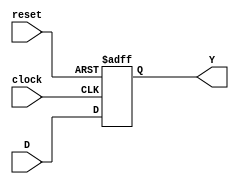
//Flip flop tipo D de 1 bit
module FlipFlopD(input wire clock, reset, input wire D, output reg Y);
  always @ (posedge clock, posedge reset) begin
      if (reset) begin
        Y <= 1'b0;
      end
      else begin
        Y <= D;
      end
    end
endmodule
//Buffer de 2 bits
module buffer_1(input wire enable, input wire [1:0]A, output wire [1:0] Y);
  assign Y = (enable)? A : 2'b0;
endmodule

//Buffer de 3 bits
module buffer_2(input wire enable, input wire [2:0]A, output wire [2:0] Y);
  assign Y = (enable)? A : 3'b0;
endmodule

//FSM Antirebote
module antirebote(input wire clock, reset, PB, output wire Y);
  wire S0F, S0;
  FlipFlopD G1(clock, reset, S0F, S0);
  assign S0F = PB;
  assign Y = ~S0 & PB;
endmodule

//FSM Velocidad
module FSMVel(input wire clock, reset, PB1, PB2, output wire [1:0] Vel);
  wire S1F, S0F; //Siguiente estado
  wire S1, S0; //Estado actual

  FlipFlopD G1(clock, reset, S1F, S1);
  FlipFlopD G2(clock, reset, S0F, S0);

  //Siguiente estado
  assign S1F = (S1 & ~PB2) | (S0 & PB1);
  assign S0F = (~S0 & PB2) | (S0 & ~PB1 & ~PB2) | (~S0 & PB1);

  //Salidas
  assign Vel[1] = S1 | S0;
  assign Vel[0] = ~S0;
endmodule

//FSM Temperatura y modo
module FSMTem(input wire clock, reset, PB3, PB4, output wire [2:0] T, M);
  wire S1F, S0F; //Siguiente estado
  wire S1, S0;  //Estado actual

  FlipFlopD G1(clock, reset, S1F, S1);
  FlipFlopD G2(clock, reset, S0F, S0);

  //Siguiente estado
  assign S1F = (S1 & S0) | (S0 & PB3) | (S1 & ~PB4);
  assign S0F = (~S0 & PB4) | (~S0 & PB3) | (S0 & ~PB3 & ~PB4);

  //Salidas
  assign T[2] = S1 & S0;
  assign T[1] = (~S1 & S0) | (S1 & ~S0);
  assign T[0] = ~S0;
  assign M[2] = ~S1 | ~S0;
  assign M[1] = (S1 & S0) | (~S1 & ~S0);
  assign M[0] = S0;
endmodule

//FSM Control
module FSMControl(input wire clock, reset, ON, input wire [1:0] Vel, input wire [2:0] Ok, T, M, output wire [1:0] Y);
  wire S1F, S0F; //Siguiente estado
  wire S1, S0;  //Estado actual

  FlipFlopD G1(clock, reset, S1F, S1);
  FlipFlopD G2(clock, reset, S0F, S0);

  //Siguiente estado
  assign S1F=((S0&ON&~Ok[2]&~Ok[1])|(S1&ON&~Ok[2]&~Ok[1])|(S1&S0&ON&Ok[2]&Ok[0])|(S1&~S0&ON&Ok[1]&Ok[0])|(S1&~S0&ON&Ok[2]&~Ok[0])|(S1&S0&ON&Ok[1]&~Ok[0])|(S1&ON&Ok[1]&~Ok[0]&Vel[1])|(S1&ON&Ok[1]&~Ok[0]&Vel[0])|(S1&ON&Ok[1] & Ok[0] & T[2] & ~T[1] & ~T[0] & ~M[2] & M[1] & M[0]) | (S1 & ON & Ok[1] & Ok[0] & ~T[2] & T[1] & ~T[0] & M[2] & ~M[1] & M[0]) | (S1 & ON & Ok[1] & Ok[0] & ~T[2] & ~T[1] & T[0] & M[2] & M[1] & ~M[0]) | (S1 & ON & Ok[1] & Ok[0] & ~T[2] & T[1] & T[0] & M[2] & ~M[1] & ~M[0]));
  assign S0F = (~S1 & ~S0 & ON) | (S0 & ON & Ok[2]) | (ON & Ok[2] & ~Ok[1] & Ok[0]) | (ON & ~Ok[2] & Ok[1] & ~Ok[0] & Vel[1]) | (ON & ~Ok[2] & Ok[1] & ~Ok[0] & Vel[0]) | (~S1 & ON & Ok[1]) | (S0 & ON & ~Ok[1] & Ok[0]) | (S1 & S0 & ON & ~Ok[0]);

  //Salidas
  assign Y[1] = S1;
  assign Y[0] = S0;
endmodule

//FSM Aire acondicionado
module FSMAire(input wire clock, reset, ON, PB1, PB2, PB3, PB4, input wire [2:0] Ok, output wire [1:0] Led1, LCD1, output wire [2:0] LCD2, Led2);
  wire PB_1, PB_2, PB_3, PB_4; //Salidas antirebote
  wire A, B, C, D; //Salidas de la FSM Control
  wire [1:0] Vel, Y; //Salidas FSM Velocidad y Control
  wire [2:0] T, M; //Salidas FSM Temperatura y Modo

  antirebote FSM_ANTIREBOTE1(clock, reset, PB1, PB_1);
  antirebote FSM_ANTIREBOTE2(clock, reset, PB2, PB_2);
  antirebote FSM_ANTIREBOTE3(clock, reset, PB3, PB_3);
  antirebote FSM_ANTIREBOTE4(clock, reset, PB4, PB_4);
  FSMVel FSM_VELOCIDAD(clock, reset, PB_1, PB_2, Vel);
  FSMTem FSM_TM(clock, reset, PB_3, PB_4, T, M);
  FSMControl FSM_CONTROL(clock, reset, ON, Vel, Ok, T, M, Y);

  assign A = ~Y[1] & Y[0];
  assign B = Y[1] & ~Y[0];
  assign C = Y[1] & Y[0];
  assign D = A | B | C;

  buffer_1 Buffer1(D, Vel, LCD1);
  buffer_2 Buffer2(D, T, LCD2);
  buffer_2 Buffer3(D, M, Led2);

  assign Led1 = Y;
endmodule